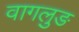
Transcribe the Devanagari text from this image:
वागलुङ